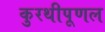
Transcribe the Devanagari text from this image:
कुरथीपूणल